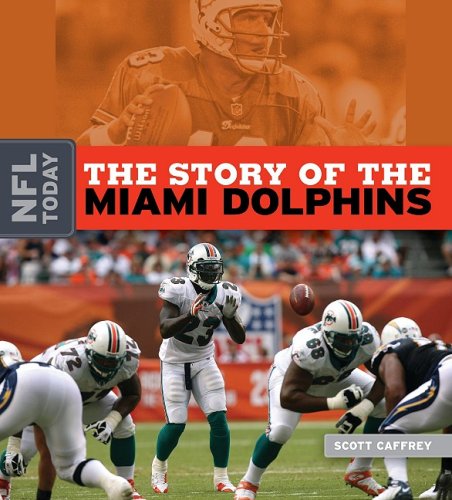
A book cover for The Story of the Miami Dolphins (NFL Today); Scott Caffrey; Teen & Young Adult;